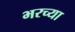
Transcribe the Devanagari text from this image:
भरच्या